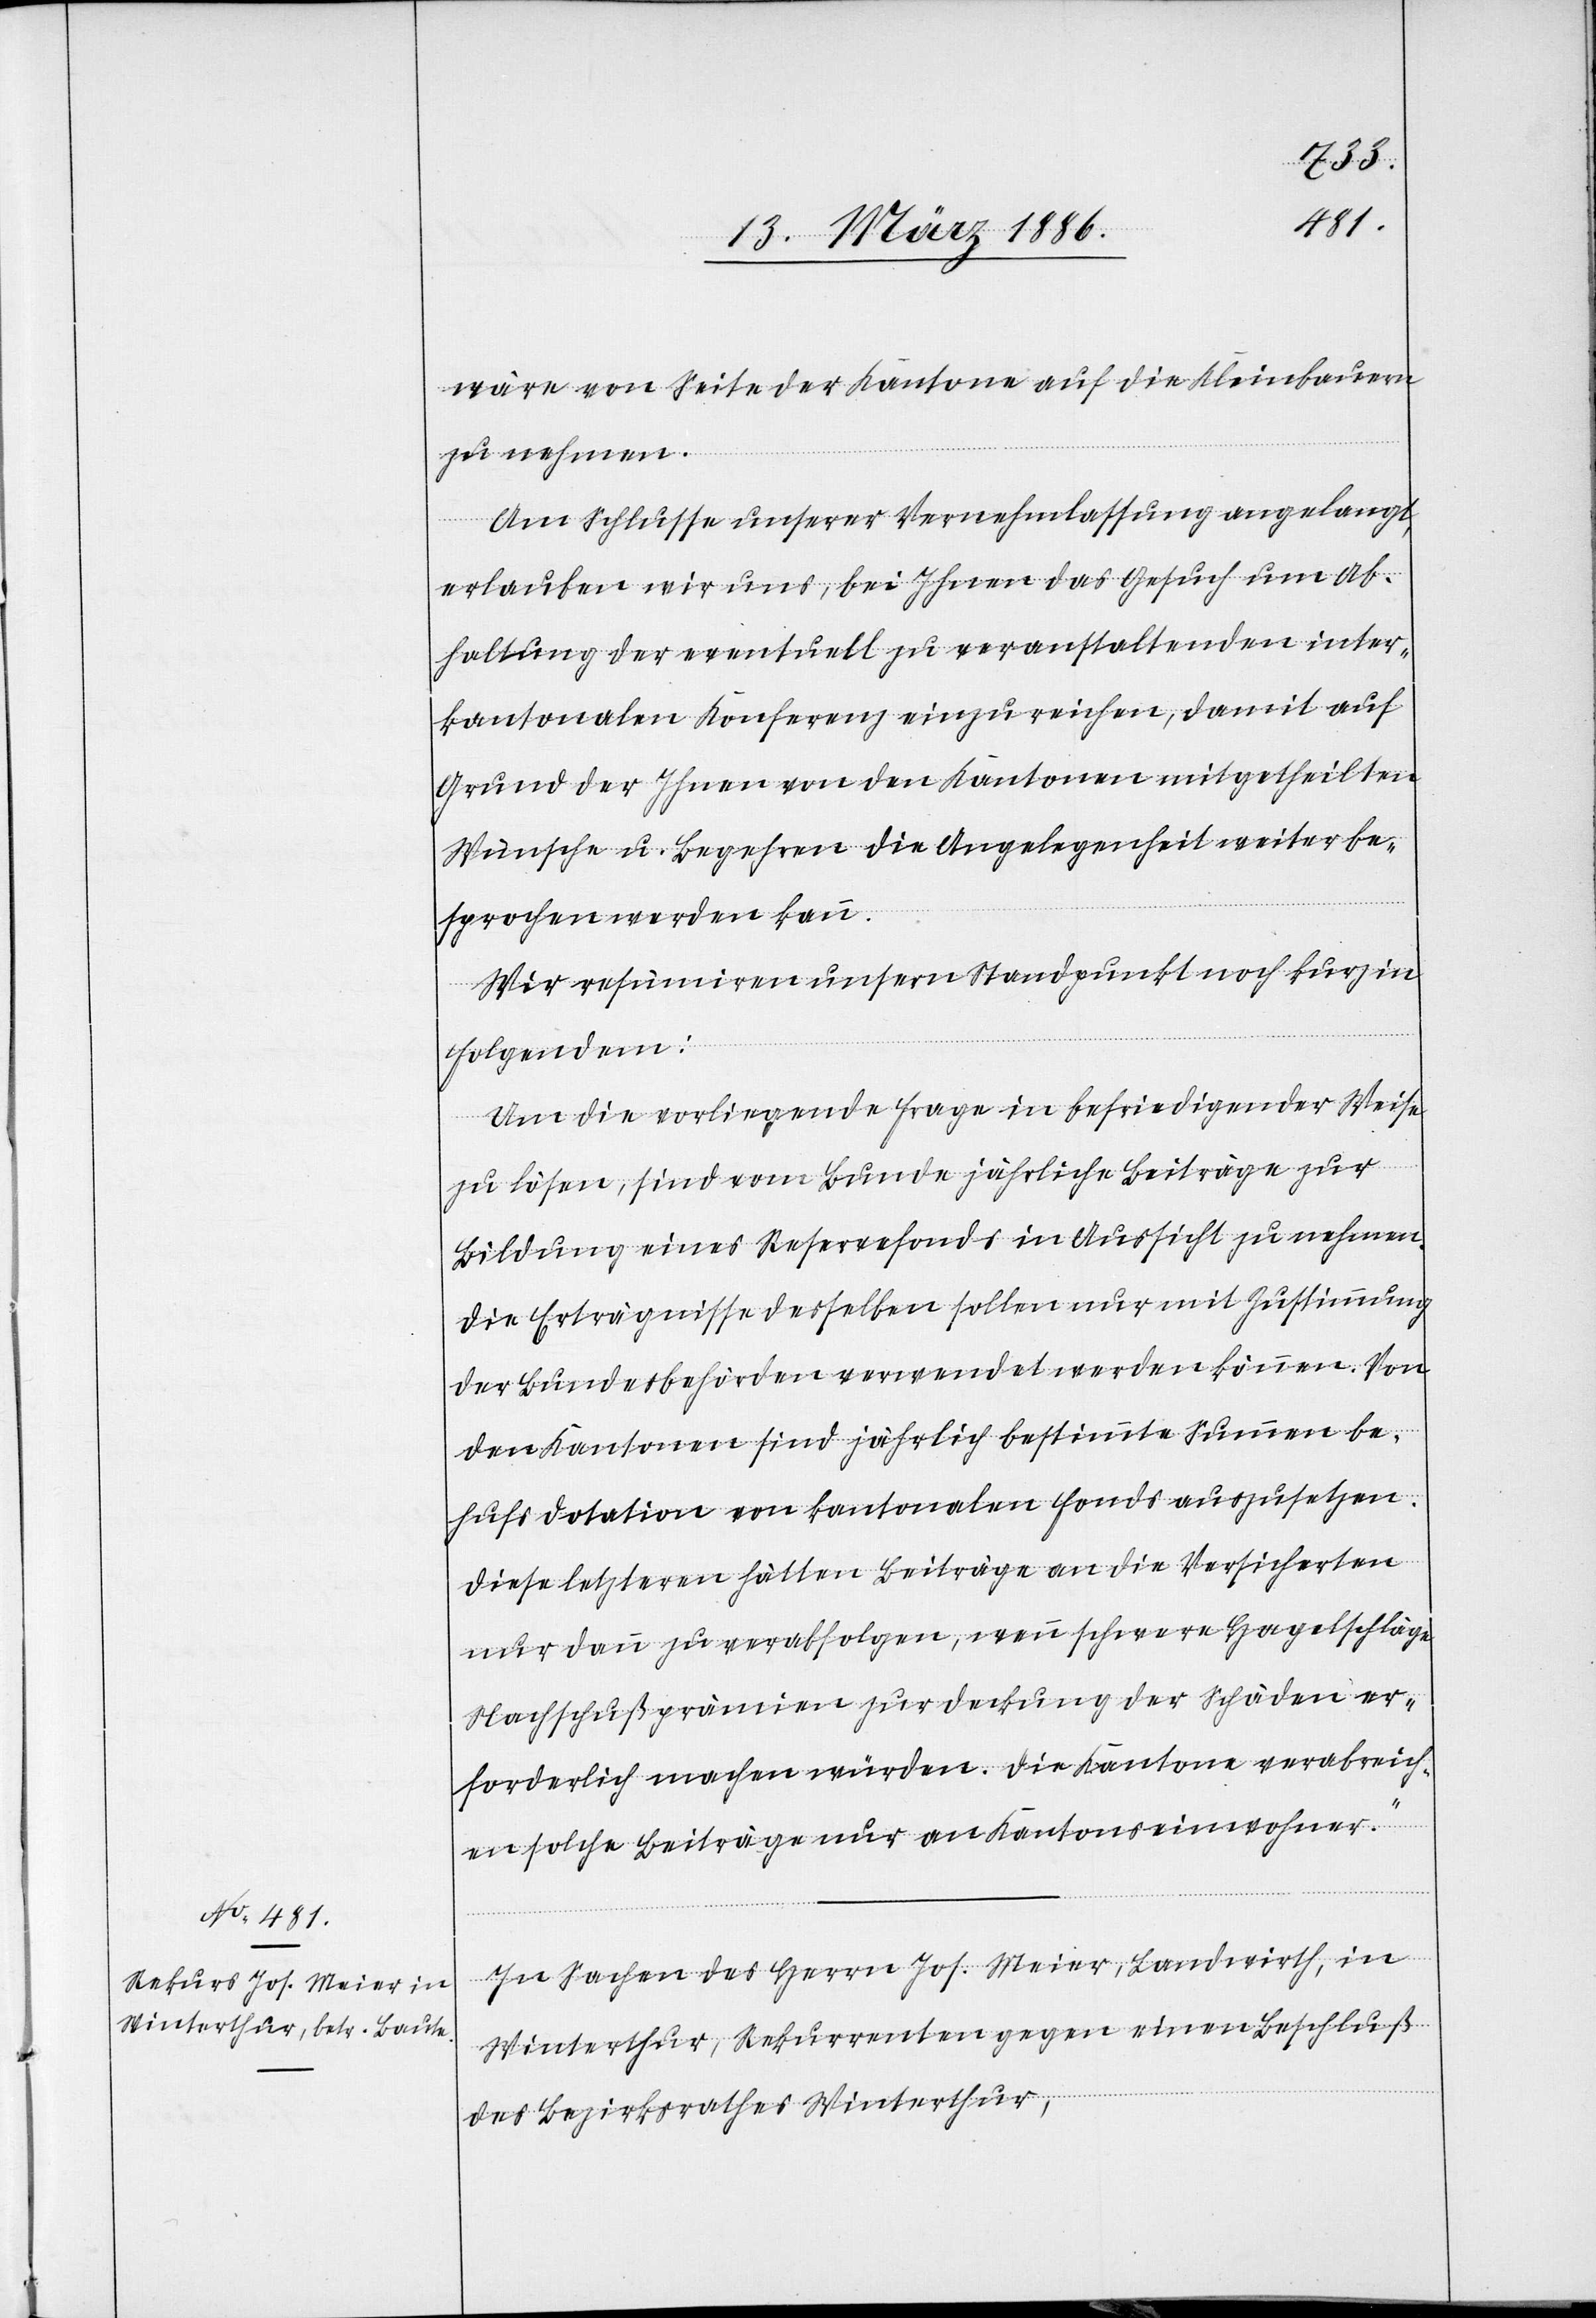
wäre von Seite der Kantone auf die Kleinbauern
zu nehmen.
Am Schlusse unsere Vernehmlassung angelangt,
erlauben wir uns, bei Ihnen das Gesuch um Ab¬
haltung der eventuell zu veranstaltenden inter¬
kantonalen Konferenz einzureichen, damit auf
Grund der Ihnen von den Kantonen mitgehteilten
Wünsche u. Begehren die Angelegenheit weiter be¬
sprochen werden kann.
Wir resümieren unsern Standpunkt noch kurz in
Folgendem:
Um die vorliegende Frage in befriedigender Weise
zu lösen, sind vom Bunde jährliche Beiträge zur
Bildung eines Reservefonds in Aussicht zu nehmen.
Die Erträgnisse desselben sollen nur mit Zustimmung
der Bundesbehörden verwendet werden können. Von
den Kantonen sind jährlich bestimmte Summen be¬
hufs Dotation von kantonalen Fonds auszusetzen.
Diese letztere hätten Beiträge an die Versicherten
nur dann zu verabfolgen, wenn schwere Hagelschläge
Nachschußprämien zur Deckung der Schäden er¬
forderlich machen würden. Die Kantone verabreich¬
en solche Beiträge nur an Kantonseinwohner.“
In Sachen des Herrn Jos. Meier, Landwirth, in
Winterthur, Rekurrenten gegen einen Beschluß
des Bezirksrathes Winterthur,